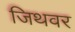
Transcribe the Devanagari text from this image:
जिथवर